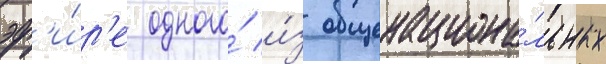
эф'и́р'е одного́ и́з общенациона́льных